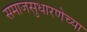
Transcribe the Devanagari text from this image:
समाजसुधारणेच्या